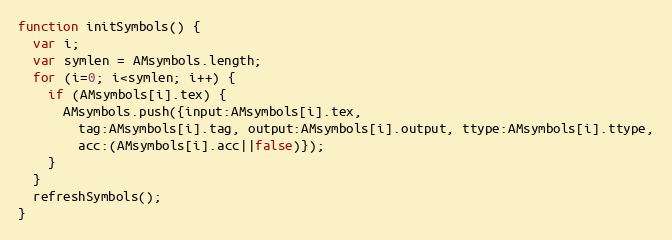
Language: JavaScript
function initSymbols() {
  var i;
  var symlen = AMsymbols.length;
  for (i=0; i<symlen; i++) {
    if (AMsymbols[i].tex) {
      AMsymbols.push({input:AMsymbols[i].tex,
        tag:AMsymbols[i].tag, output:AMsymbols[i].output, ttype:AMsymbols[i].ttype,
        acc:(AMsymbols[i].acc||false)});
    }
  }
  refreshSymbols();
}